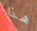
هذا